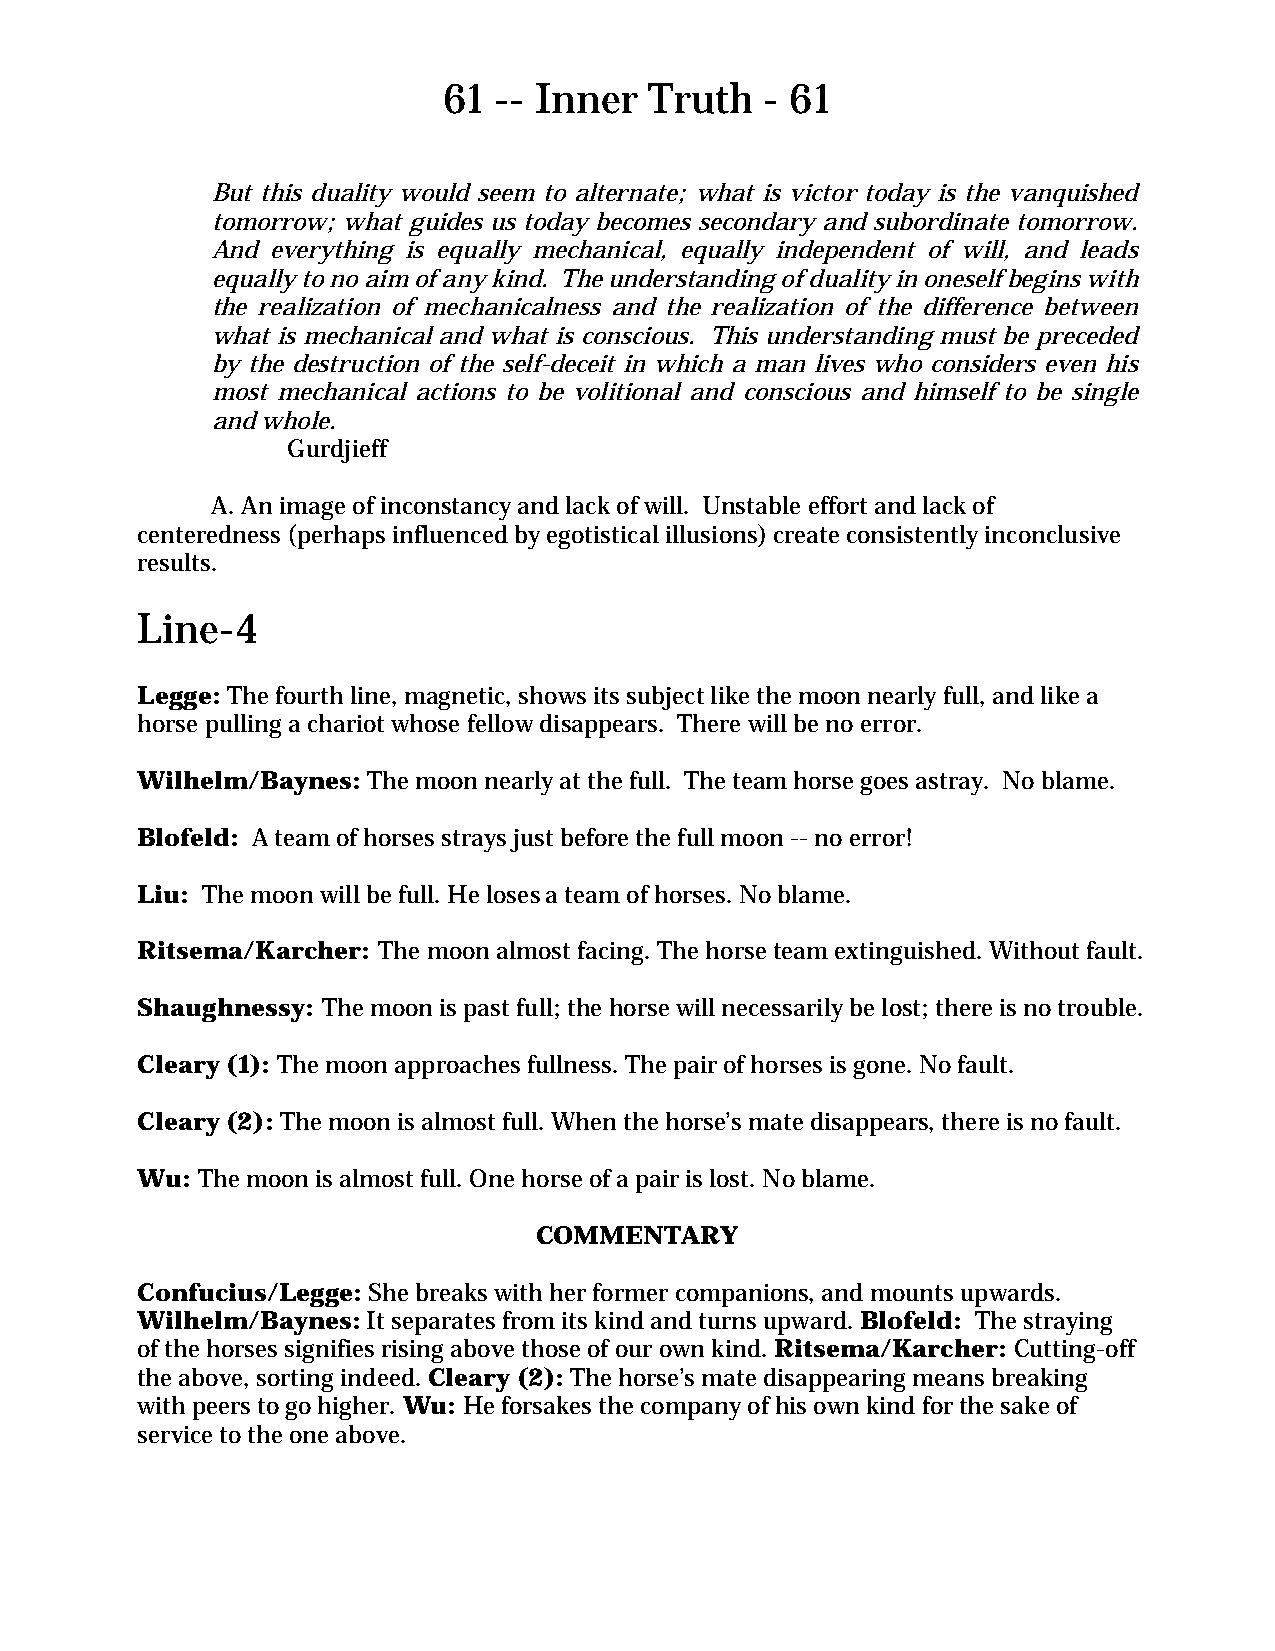
61  -- Inner  Truth   - 61
 But this duality would seem to alternate; what is victor today is the vanquished
 tomorrow; what guides us today becomes secondary and subordinate tomorrow.
 And everything is equally mechanical, equally independent of will, and leads
 equally to no aim of any kind. The understanding of duality in oneself begins with
 the realization of mechanicalness and the realization of the difference between
 what is mechanical and what is conscious. This understanding must be preceded
 by the destruction of the self-deceit in which a man lives who considers even his
 most mechanical actions to be volitional and conscious and himself to be single
 and whole.
 Gurdjieff
 A. An image of inconstancy and lack of will. Unstable effort and lack of
 centeredness (perhaps influenced by egotistical illusions) create consistently inconclusive
 results.
 Line-4
 Legge: The fourth line, magnetic, shows its subject like the moon nearly full, and like a
 horse pulling a chariot whose fellow disappears. There will be no error.
 Wilhelm/Baynes: The moon nearly at the full. The team horse goes astray. No blame.
 Blofeld: A team of horses strays just before the full moon -- no error!
 Liu: The moon will be full. He loses a team of horses. No blame.
 Ritsema/Karcher: The moon almost facing. The horse team extinguished. Without fault.
 Shaughnessy: The moon is past full; the horse will necessarily be lost; there is no trouble.
 Cleary (1): The moon approaches fullness. The pair of horses is gone. No fault.
 Cleary (2): The moon is almost full. When the horse’s mate disappears, there is no fault.
 Wu: The moon is almost full. One horse of a pair is lost. No blame.
 COMMENTARY
 Confucius/Legge: She breaks with her former companions, and mounts upwards.
 Wilhelm/Baynes: It separates from its kind and turns upward. Blofeld: The straying
 of the horses signifies rising above those of our own kind. Ritsema/Karcher: Cutting-off
 the above, sorting indeed. Cleary (2): The horse’s mate disappearing means breaking
 with peers to go higher. Wu: He forsakes the company of his own kind for the sake of
 service to the one above.